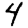
Digit: 4